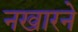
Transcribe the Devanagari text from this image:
नखारने